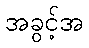
အခွင့်အ